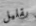
بقليل